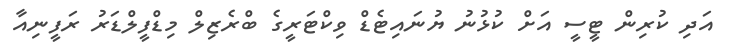
އަދި ކުރިން ޓީސީ އަށް ކުޅުނު ޔުނައިޓެޑް ވިކްޓަރީގެ ބްރެޒިލް މިޑްފީލްޑަރު ރަފީނިއާ